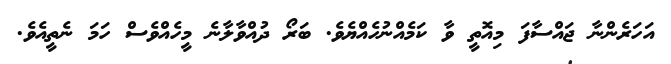
އަހަރެންނާ ޖައްސާފަ މިއޮތީ ވާ ކަމެއްނުހެއްޔެވެ. ބަރޯ ދުއްވާލާނެ މީހެއްވެސް ހަމަ ނެތީއެވެ.